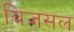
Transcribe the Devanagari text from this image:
बिजसल